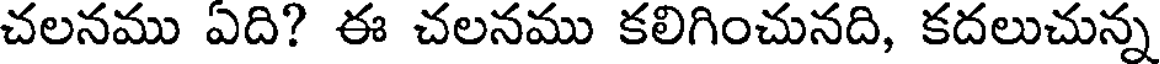
చలనము ఏది? ఈ చలనము కలిగించునది, కదలుచున్న